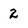
Character: 2